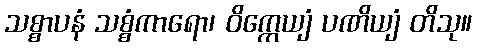
သစ္စာပနံ သစ္စံကာရော၊ ဝိက္ကေယျံ ပဏိယျံ တိသု။